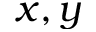
x , y